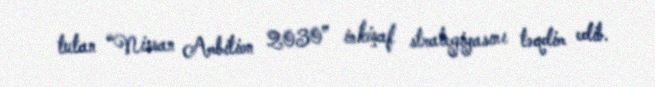
tutan “Nissan Ambition 2030” inkişaf strategiyasını təqdim edib.